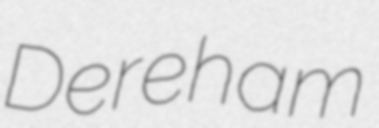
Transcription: Dereham